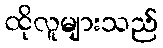
ထိုလူများသည်